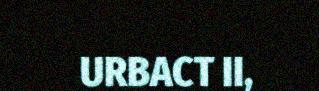
URBACT II,